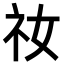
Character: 𫀁